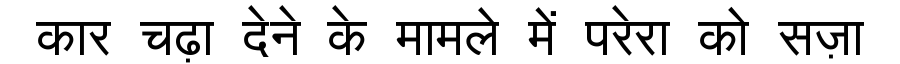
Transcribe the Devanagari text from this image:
कार चढ़ा देने के मामले में परेरा को सज़ा